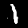
Label: 1